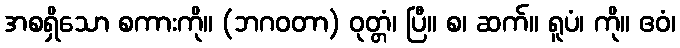
အစရှိသော စကားကို။ (ဘဂဝတာ) ဝုတ္တံ၊ ပြီ။ စ၊ ဆက်။ ရူပံ၊ ကို။ ဧဝံ၊